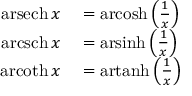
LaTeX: \begin{array} { r l } { \operatorname { a r s e c h } x } & { { } = \operatorname { a r c o s h } \left( { \frac { 1 } { x } } \right) } \\ { \operatorname { a r c s c h } x } & { { } = \operatorname { a r s i n h } \left( { \frac { 1 } { x } } \right) } \\ { \operatorname { a r c o t h } x } & { { } = \operatorname { a r t a n h } \left( { \frac { 1 } { x } } \right) } \end{array}